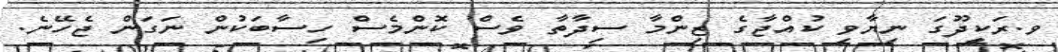
ވ.ރަކީދޫގަ ނިޔާވި ކުއްޖާގެ ޒިންމާ ސިދާތާ ވެސް ކޮންމެސް ހިސާބަކުން ނަގަން ޖެހޭނެ.